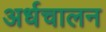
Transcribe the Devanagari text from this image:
अर्धचालन